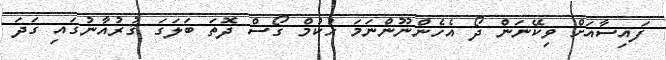
ފައިސާއަށް ވިކޭނަން ދޯ އެހެންނޫންނަމަ ޙުކުމް ގޯސް ދޮތަ ބަލަގަ ޤުރުއާނުގައި ގަދަ